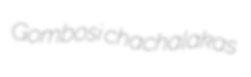
Gombosi chachalakas